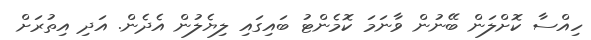
ހިއްސާ ކޮށްލަން ބޭނުން ވާނަމަ ކޮމެންޓު ބައިގައި ލިޔެލުން އެދެން. އަދި އިތުރަށް